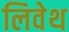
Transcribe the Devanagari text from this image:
लिवेथ